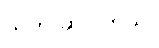
သူက ဆိုပါတယ်။